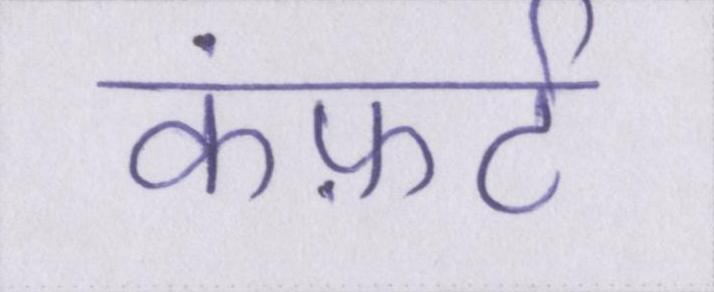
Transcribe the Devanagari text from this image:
कंफ़र्ट